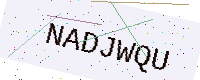
Text: NADJWQU